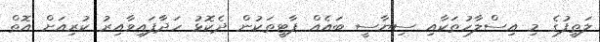
ލަތީފުގެ މި އިސްލާހުތަކާއި ސިޔާސީ ބައެއް ޕާޓީތަކުން ދެކޮޅު ހަދާފައިވާއިރު ކުރިއަށް އޮތް